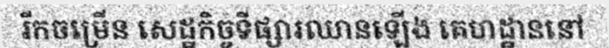
រីកចម្រើន សេដ្ឋកិច្ចទីផ្សារឈានឡើង គេហដ្ឋាននៅ